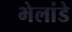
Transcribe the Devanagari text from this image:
भेलांडे